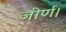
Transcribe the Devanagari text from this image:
जीर्ण।